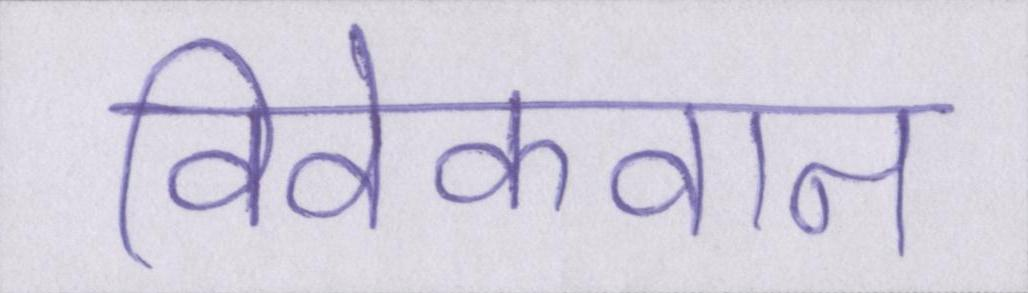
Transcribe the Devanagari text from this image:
विवेकवान